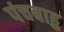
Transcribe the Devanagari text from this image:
पंचबाहु